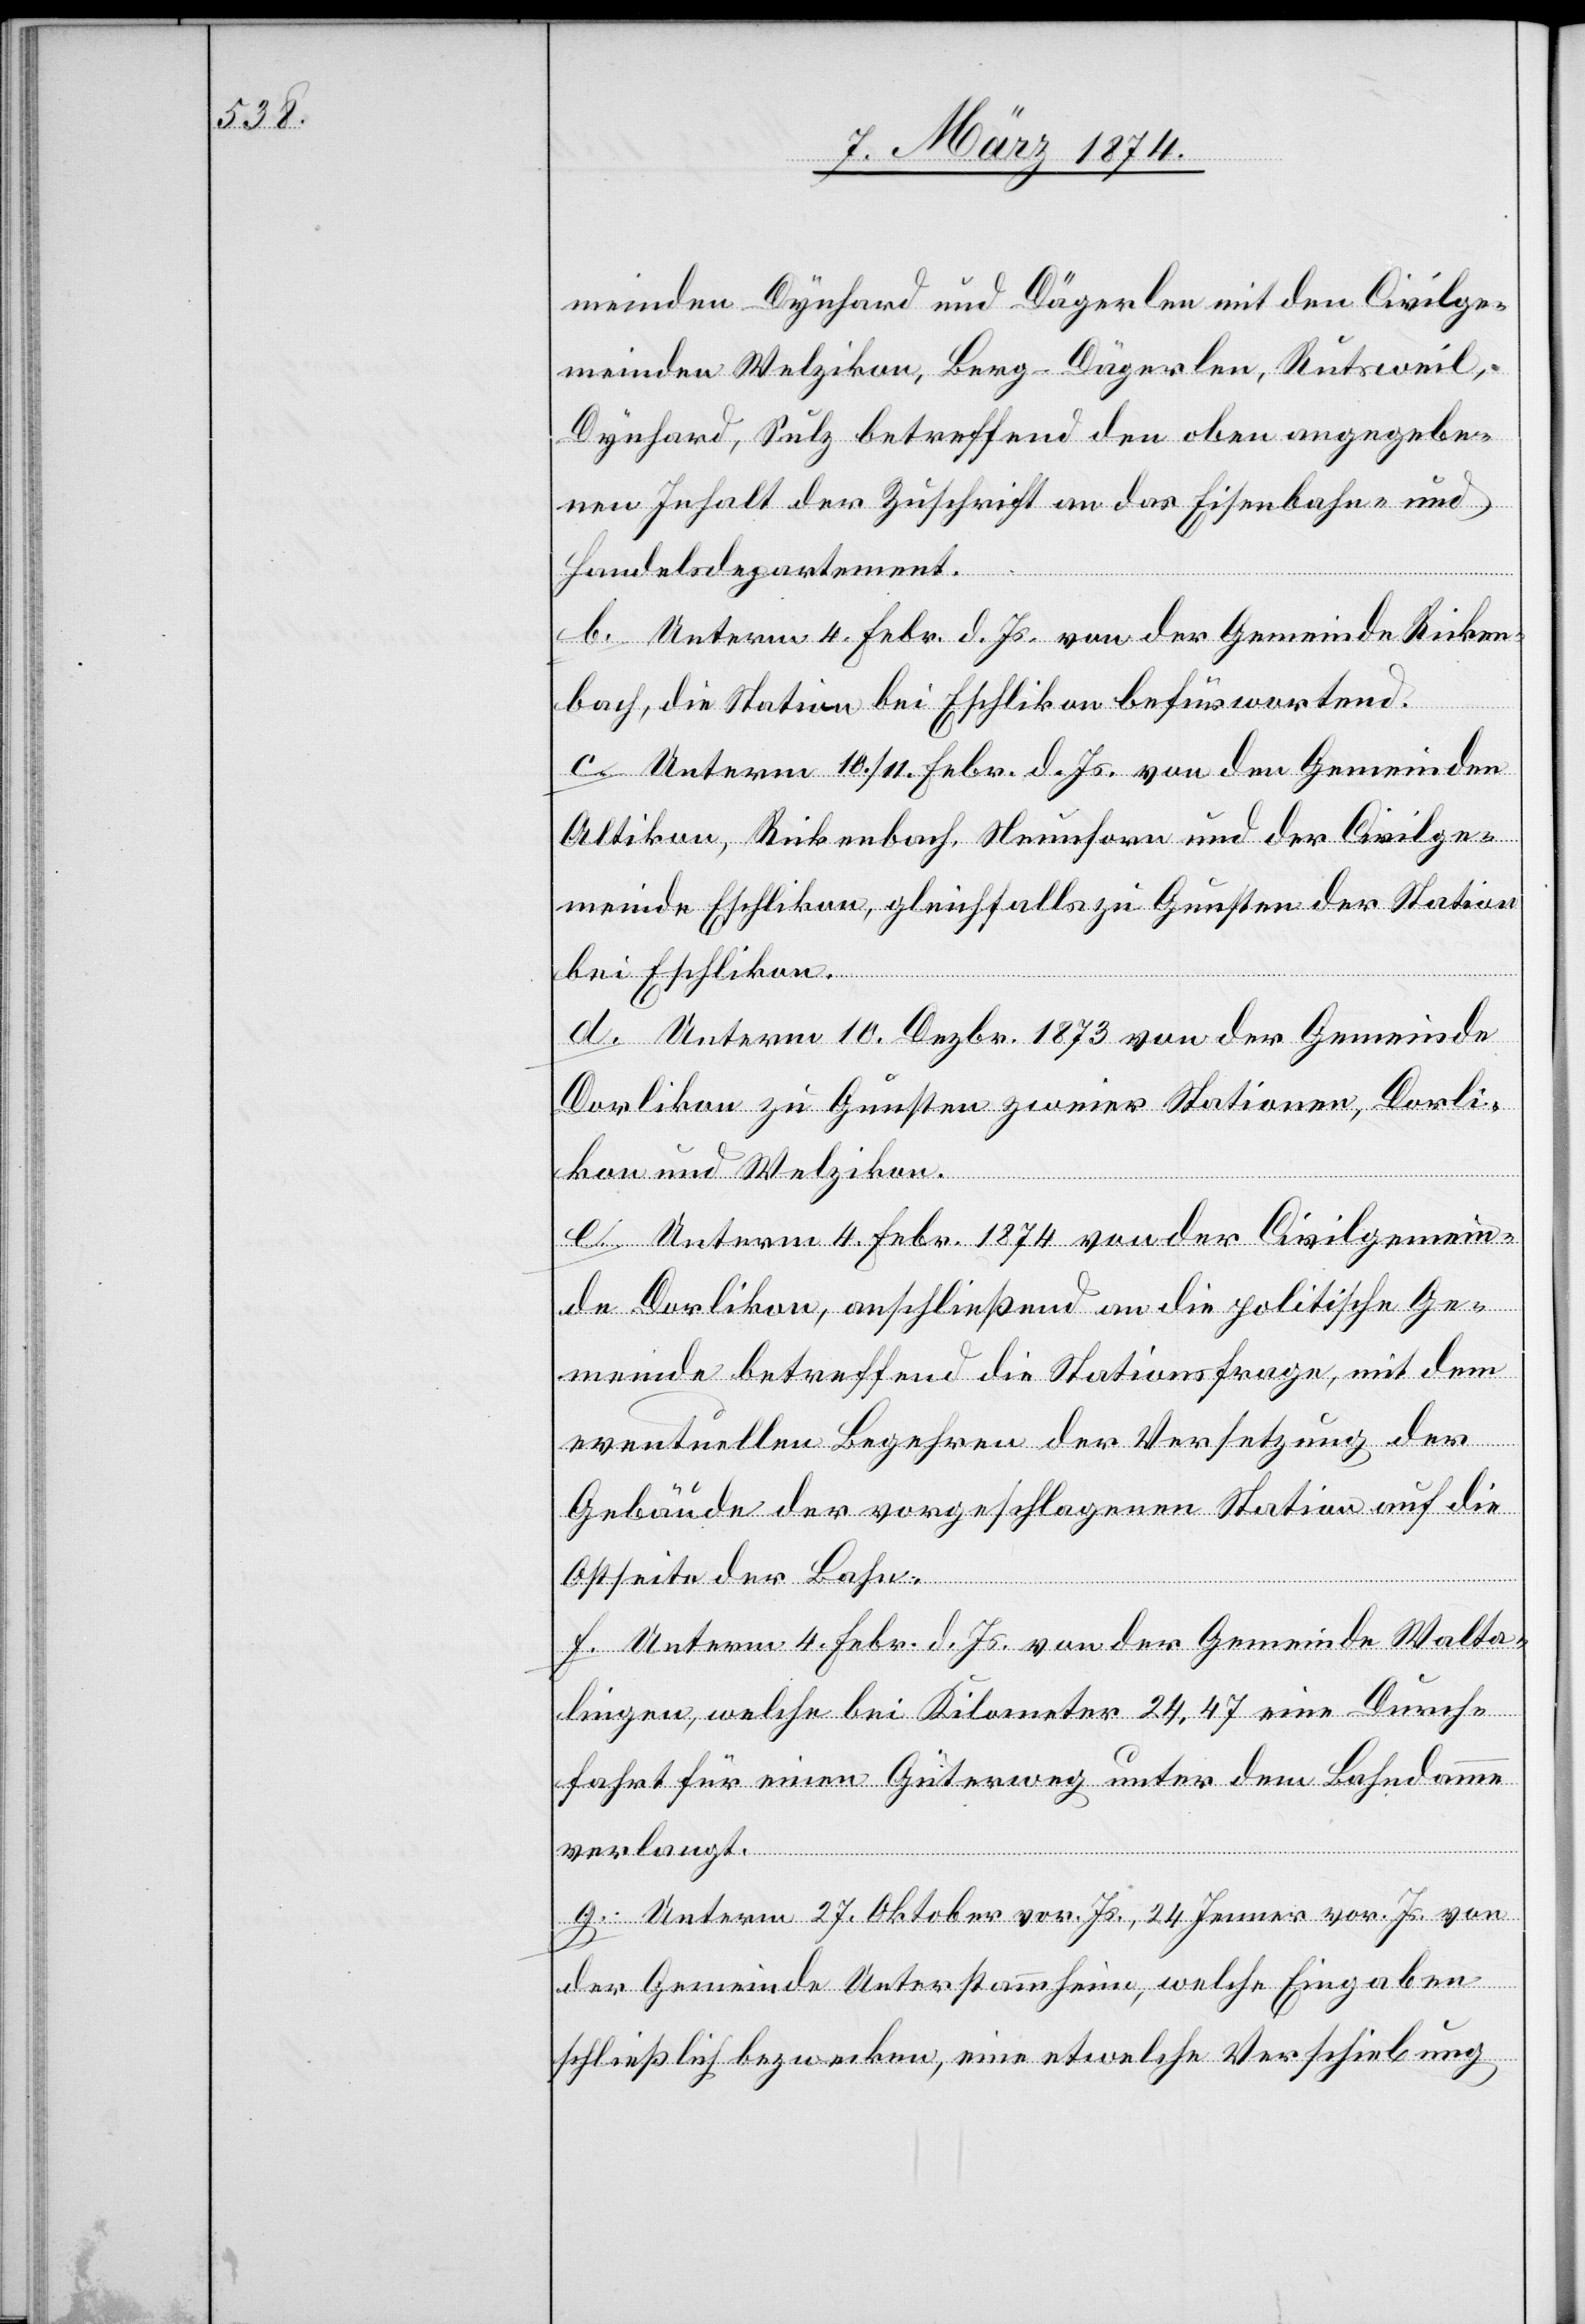
meinden Dynhard und Dägerlen mit den Civilge¬
meinden Welzikon, Lang-Dägerlen, Rutsweil,
Dynhard, Sulz betreffend den oben angegebe¬
nen Inhalt der Zuschrift an das Eisenbahn und
Handelsdepartement.
b. Unterm 4. Febr. d. Js. von der Gemeinde Ricken¬
bach, die Station bei Eschlikon befürwortend.
c. Unterm 10./11. Febr. d. Js. von den Gemeinden
Altikon, Rickenbach, Neunforn und der Civilge¬
meinde Eschlikon, gleichfalls zu Gunsten der Station
bei Eschlikon.
d. Unterm 10. Dezbr. 1873 von der Gemeinde
Dorlikon zu Gunsten zweier Stationen, Dorli¬
kon und Welzikon.
e. Unterm 4. Febr. 1874 von der Civilgemein¬
de Dorlikon, anschließend an die politische Ge¬
meinde betreffend die Stationsfrage, mit dem
eventuellen Begehren der Versetzung der
Gebäude der vorgeschlagenen Station auf die
Ostseite der Bahn.
f. Unterm 4. Febr. d. Js. von der Gemeinde Walta¬
lingen, welche bei Kilometer 24,47 eine Durch¬
fahrt für einen Güterweg unter dem Bahndamme
verlangt.
g. Unterm 27. Oktober vor. Js., 24 Jenner vor. Js. von
der Gemeinde Unterstammheim, welche Eingaben
schließlich bezwecken, eine etwelche Verschiebung